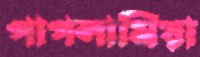
পাগলামিয়া